Vaccination in Bombay 1863-1868 - 1863-1868
Year: 1863
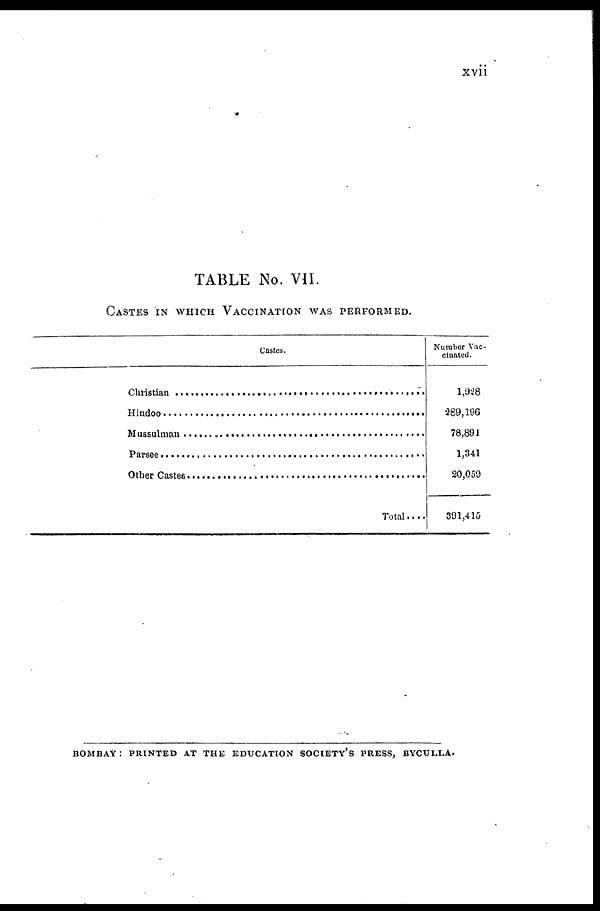
xvii
TABLE No. VII.
CASTES IN WHICH VACCINATION WAS PERFORMED.
Castes.
Christian . . .. . . . . . . . . . . . . . . . . . . . . . . . . . . . . . . . . .
Hindoo . . .. . . . . . . . . . . . . . . . . . . . . . . . . . . . . . . . . . . .
Mussulman . . .. . . . . . . . . . . . . . . . . . . . . . . . . . . . . . . . .
Parsee . . .. . . . . . . . . . . . . . . . . . . . . . . . . . . . . . . . . . . . .
Other Castes . . .. . . . . . . . . . . . . . . . . . . . . . . . . . . . . . . . .
Total . . . .
Number Vac¬
cinated.
1,928
289,196
78,891
1,341
20,059
391,415
BOMBAY : PRINTED AT THE EDUCATION SOCIETY'S PRESS, BYCULLA.